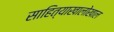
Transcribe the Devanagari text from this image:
साहित्याखालोखाल